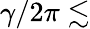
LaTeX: \gamma/2\pi\lesssim